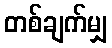
တစ်ချက်မျှ